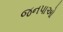
જનપાઓ